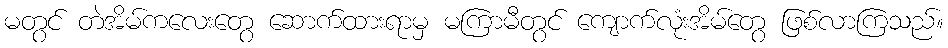
မတွင် တဲအိမ်ကလေးတွေ ဆောက်ထားရာမှ မကြာမီတွင် ကျောက်လုံးအိမ်တွေ ဖြစ်လာကြသည်။